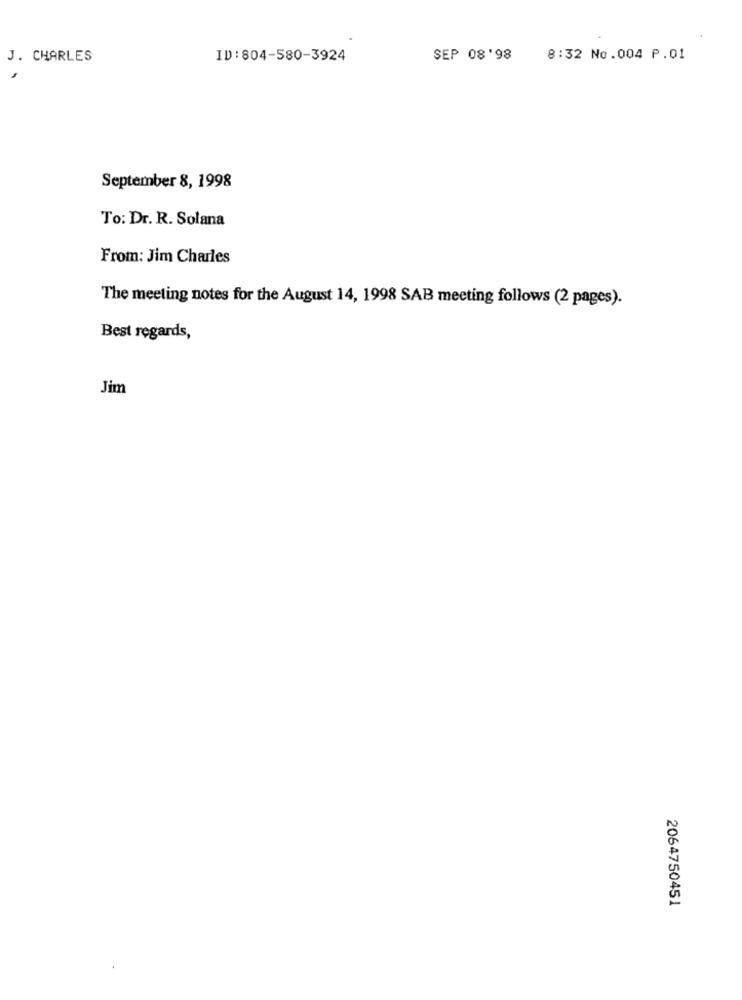
J. CHARLES
ID:804-580-3924
SEP 08'98
8:32 No.004 P.01
September 8, 1998
To: Dr. R. Solana
From: Jim Charles
The meeting notes for the August 14, 1998 SAB meeting follows (2 pages).
Best regards,
Jim
2064750451